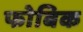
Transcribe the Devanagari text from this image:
फोबिक